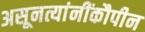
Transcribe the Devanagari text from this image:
असूनत्यांनींकौपीन